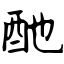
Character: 酏